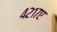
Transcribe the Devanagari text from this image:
४२१७ए